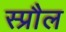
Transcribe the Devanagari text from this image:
स्प्रौल